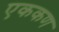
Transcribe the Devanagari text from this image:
एककण